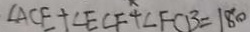
\angle A C E + \angle E C F + \angle F C B = 1 8 0